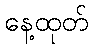
နေ့ထုတ်